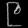
Digit: ၉